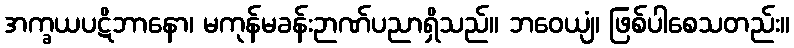
အက္ခယပဋိဘာနော၊ မကုန်မခန်းဉာဏ်ပညာရှိသည်။ ဘဝေယျံ၊ ဖြစ်ပါစေသတည်း။